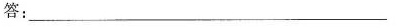
答：____